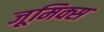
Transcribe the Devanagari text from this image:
जूमिक्स